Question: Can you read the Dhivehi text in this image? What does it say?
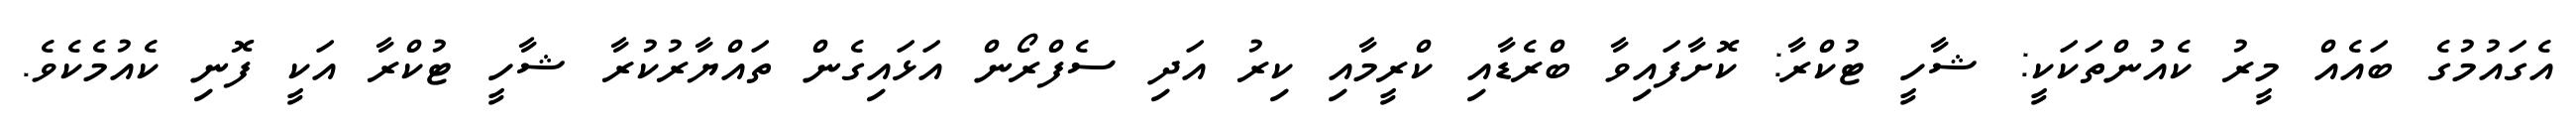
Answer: އެގައުމުގެ ބައެއް މީރު ކެއުންތަކަކީ: ޝާހީ ޓުކްރާ: ކޮށާފައިވާ ބްރެޑާއި ކްރީމާއި ކިރު އަދި ސެފްރޯން އަޅައިގެން ތައްޔާރުކުރާ ޝާހީ ޓުކްރާ އަކީ ފޮނި ކެއުމެކެވެ.